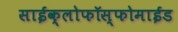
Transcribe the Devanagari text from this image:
साईक्लोफॉस्फोमाईड